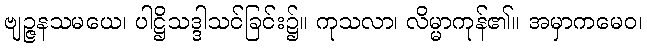
ဗျဉ္ဇနသမယေ၊ ပါဋ္ဌိသဒ္ဒါသင်ခြင်း၌။ ကုသလာ၊ လိမ္မာကုန်၏။ အမှာကမေဝ၊